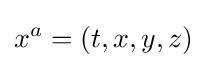
x^{a}=(t,x,y,z)